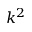
k ^ { 2 }